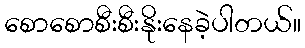
စောစောစီးစီးနိုးနေခဲ့ပါတယ်။